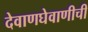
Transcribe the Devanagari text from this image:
देवाणघेवाणीची